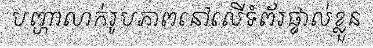
បញ្ហាលាក់រូបភាពនៅលើទំព័រផ្ទាល់ខ្លួន